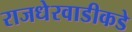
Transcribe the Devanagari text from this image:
राजधेरवाडीकडे